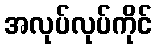
အလုပ်လုပ်ကိုင်